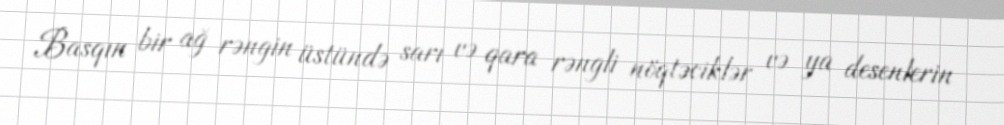
Basqın bir ağ rəngin üstündə sarı və qara rəngli nöqtəciklər və ya desenlerin